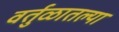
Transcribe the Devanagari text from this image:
वर्तुळातल्या